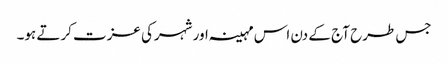
جس طرح آج کے دن اس مہینہ اور شہرکی عزت کرتے ہو۔